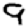
Digit: 9